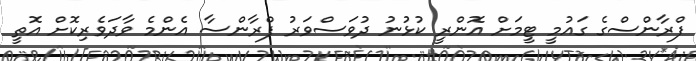
ފްރާންސްގެ ގައުމީ ޓީމަށް އޮންރީ ކުޅުނު ދުވަސްވަރު ފްރާންސާ އެންމެ ވާދަވެރިކޮށް އޮތީ